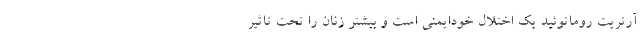
آرتریت روماتوئید یک اختلال خودایمنی است و بیشتر زنان را تحت تاثیر